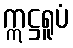
ဣဋ္ဌရူပံ